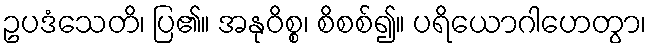
ဥပဒံသေတိ၊ ပြ၏။ အနုဝိစ္စ၊ စိစစ်၍။ ပရိယောဂါဟေတွာ၊